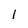
Character: 1